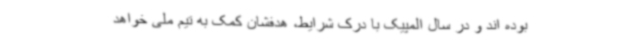
بوده اند و در سال المپیک با درک شرایط، هدفشان کمک به تیم ملی خواهد